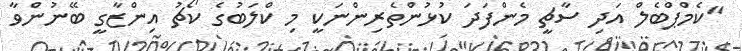
"ކެމްޕްބެލް އަދި ސާޗީ މެންފަދަ ކުޅުންތެރިންނަކީ މި ކްލަބުގެ ކޯޗު އިންޒާގީ ބޭނުންވާ